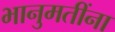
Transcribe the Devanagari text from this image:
भानुमतींना